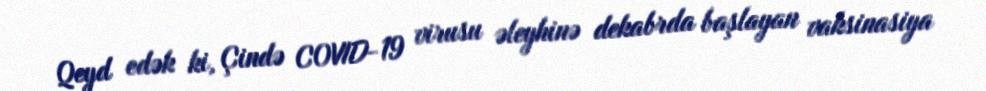
Qeyd edək ki, Çində COVID-19 virusu əleyhinə dekabrda başlayan vaksinasiya